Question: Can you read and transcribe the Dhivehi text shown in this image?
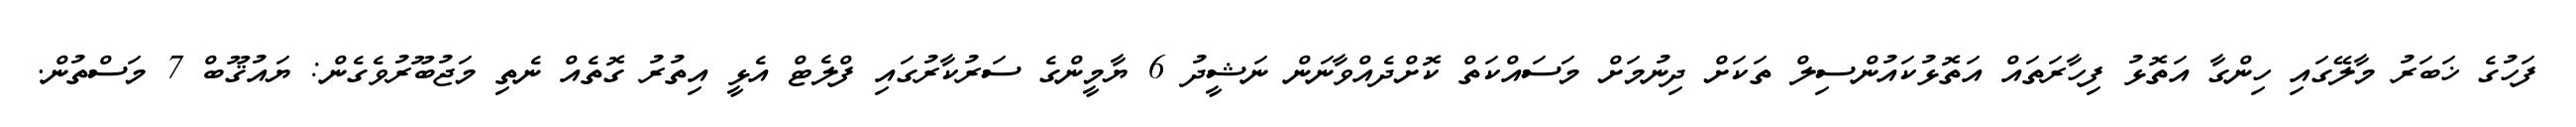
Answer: ފަހުގެ ޚަބަރު މާލޭގައި ހިންގާ އަތޮޅު ފިހާރަތައް އަތޮޅުކައުންސިލް ތަކަށް ދިނުމަށް މަސައްކަތް ކޮށްދެއްވާނަން ނަޝީދު 6 ޔާމީންގެ ސަރުކާރުގައި ފްލެޓް އެޅީ އިތުރު ގޮތެއް ނެތި މަޖުބޫރުވެގެން: ޔައުޤޫބް 7 މަސްތުން.